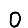
Digit: 0